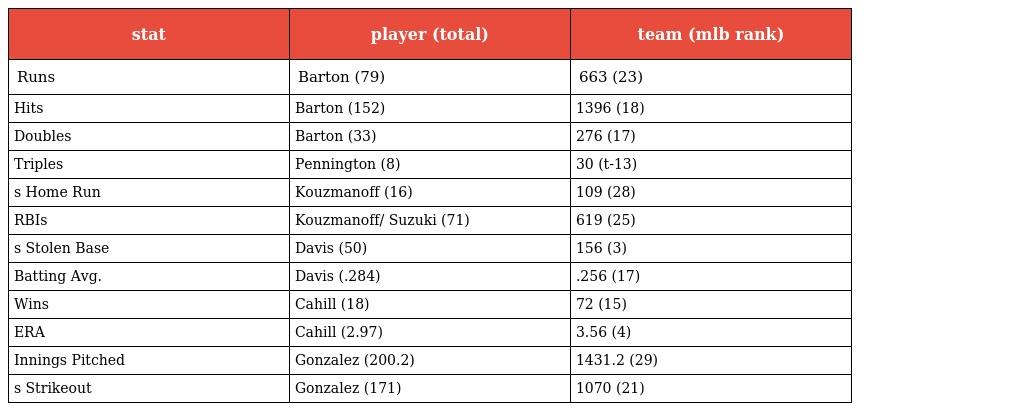
| stat | player (total) | team (mlb rank) |
 | --- | --- | --- |
 | Runs | Barton (79) | 663 (23) |
 | Hits | Barton (152) | 1396 (18) |
 | Doubles | Barton (33) | 276 (17) |
 | Triples | Pennington (8) | 30 (t-13) |
 | s Home Run | Kouzmanoff (16) | 109 (28) |
 | RBIs | Kouzmanoff/ Suzuki (71) | 619 (25) |
 | s Stolen Base | Davis (50) | 156 (3) |
 | Batting Avg. | Davis (.284) | .256 (17) |
 | Wins | Cahill (18) | 72 (15) |
 | ERA | Cahill (2.97) | 3.56 (4) |
 | Innings Pitched | Gonzalez (200.2) | 1431.2 (29) |
 | s Strikeout | Gonzalez (171) | 1070 (21) |